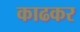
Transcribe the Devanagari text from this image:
काढकर